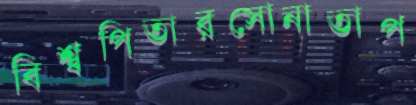
বিশ্বপিতারসোনাতাপ